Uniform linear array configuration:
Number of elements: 8
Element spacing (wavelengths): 1
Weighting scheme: hamming
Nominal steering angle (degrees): -15
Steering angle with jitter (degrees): -13.099
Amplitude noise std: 0.05
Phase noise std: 0.05

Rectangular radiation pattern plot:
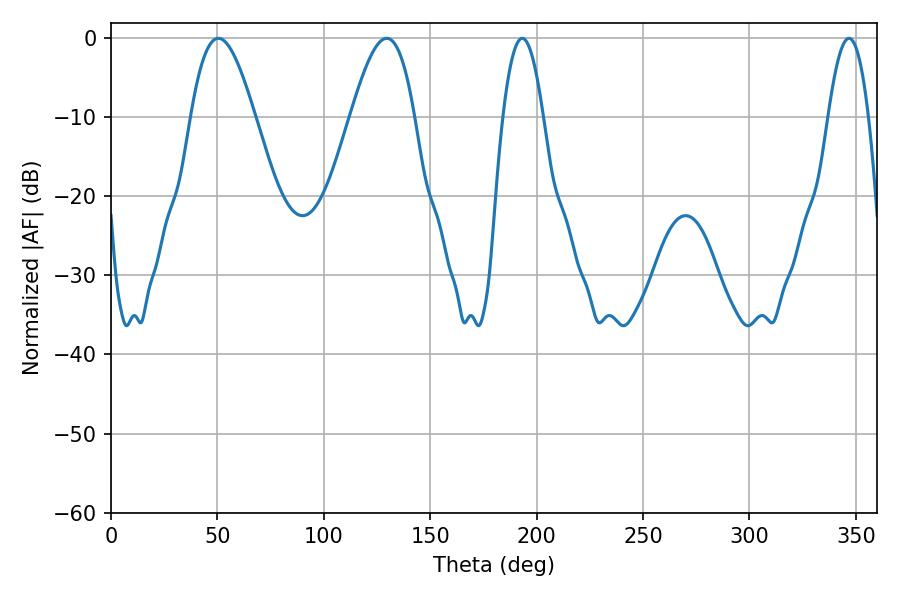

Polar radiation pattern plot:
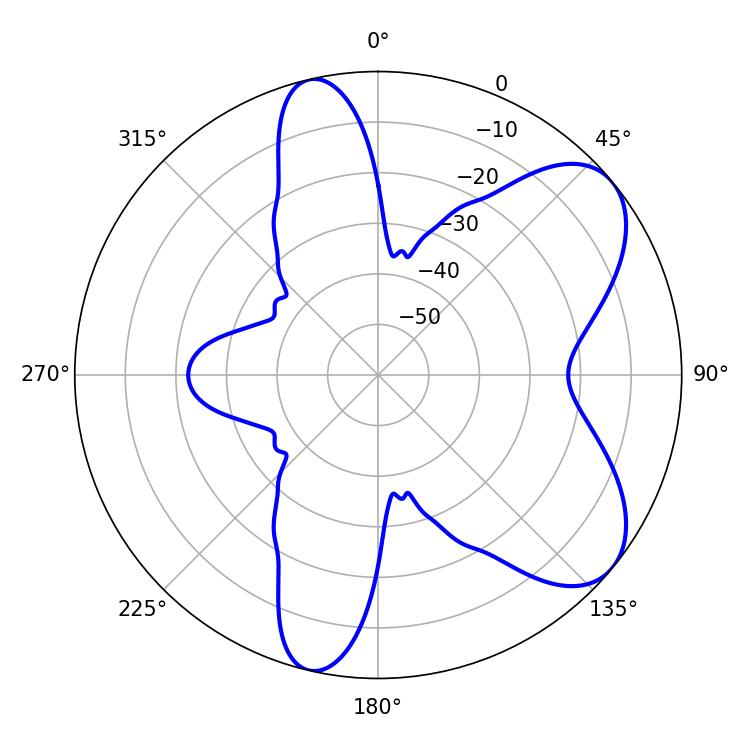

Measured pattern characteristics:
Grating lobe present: TRUE
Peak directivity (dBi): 7.066
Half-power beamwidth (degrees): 16.2
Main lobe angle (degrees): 50.4